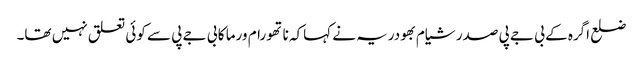
ضلع اگرہ کے بی جے پی صدر شیام بھودریہ نے کہاکہ ناتھو رام ورما کا بی جے پی سے کوئی تعلق نہیں تھا۔